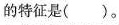
的特征是( )。